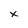
Character: X